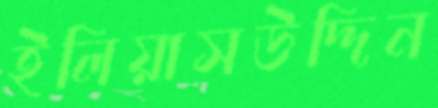
ইলিয়াসউদ্দিন